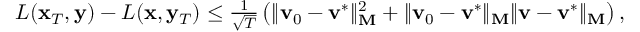
\begin{array} { r } { L ( \mathbf { x } _ { T } , \mathbf { y } ) - L ( \mathbf { x } , \mathbf { y } _ { T } ) \leq \frac { 1 } { \sqrt { T } } \left( \| \mathbf { v } _ { 0 } - \mathbf { v } ^ { * } \| _ { \mathbf { M } } ^ { 2 } + \| \mathbf { v } _ { 0 } - \mathbf { v } ^ { * } \| _ { \mathbf { M } } \| \mathbf { v } - \mathbf { v } ^ { * } \| _ { \mathbf { M } } \right) , } \end{array}